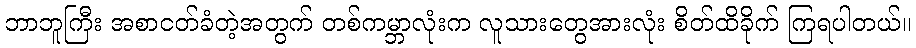
ဘာဘူကြီး အစာငတ်ခံတဲ့အတွက် တစ်ကမ္ဘာလုံးက လူသားတွေအားလုံး စိတ်ထိခိုက် ကြရပါတယ်။